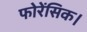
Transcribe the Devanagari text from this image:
फोरेंसिक।